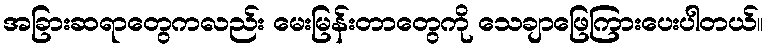
အခြားဆရာတွေကလည်း မေးမြန်းတာတွေကို သေချာဖြေကြားပေးပါတယ်။